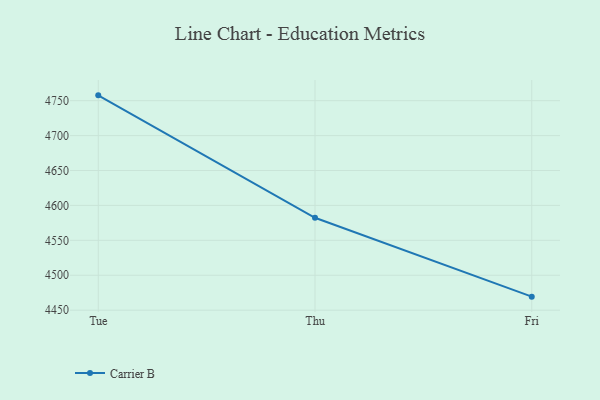
{"axis": {"x": "Day", "y": "Inventory Turnover"}, "legend": ["Carrier B"], "data": [{"x": "Tue", "y": 4757.6, "type": "Carrier B"}, {"x": "Thu", "y": 4582.3, "type": "Carrier B"}, {"x": "Fri", "y": 4469.4, "type": "Carrier B"}]}